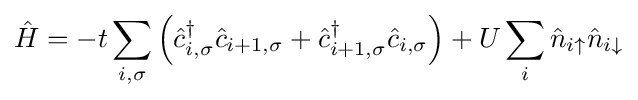
{\hat {H}}=-t\sum _{i,\sigma }\left({\hat {c}}_{i,\sigma }^{\dagger }{\hat {c}}_{i+1,\sigma }+{\hat {c}}_{i+1,\sigma }^{\dagger }{\hat {c}}_{i,\sigma }\right)+U\sum _{i}{\hat {n}}_{i\uparrow }{\hat {n}}_{i\downarrow }